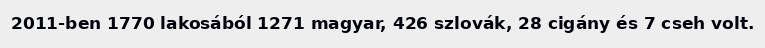
2011-ben 1770 lakosából 1271 magyar, 426 szlovák, 28 cigány és 7 cseh volt.